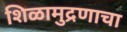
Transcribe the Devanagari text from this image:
शिळामुद्रणाचा